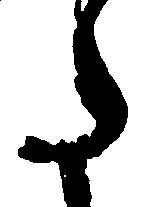
た